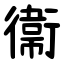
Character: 衞